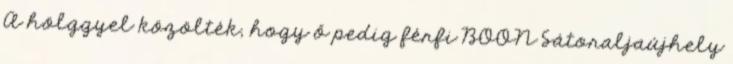
A hölggyel közölték, hogy ő pedig férfi BOON Sátoraljaújhely